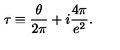
\tau \equiv \frac { \theta } { 2 \pi } + i \frac { 4 \pi } { e ^ { 2 } } .